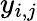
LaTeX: y_{i,j}